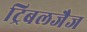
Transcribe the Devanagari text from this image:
ट्रिबलजैज